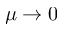
\mu \rightarrow 0